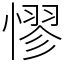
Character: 憀